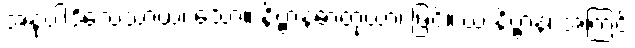
အနုပါဒိသေသာယ၊ သော။ နိဗ္ဗာနဓာတုယာ၊ ဖြင့်။ ယံ နိဗ္ဗာနံ၊ အကြင်